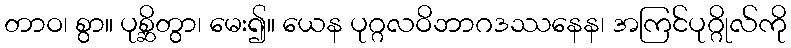
တာဝ၊ စွာ။ ပုစ္ဆိတွာ၊ မေး၍။ ယေန ပုဂ္ဂလဝိဘာဂဒဿနေန၊ အကြင်ပုဂ္ဂိုလ်ကို